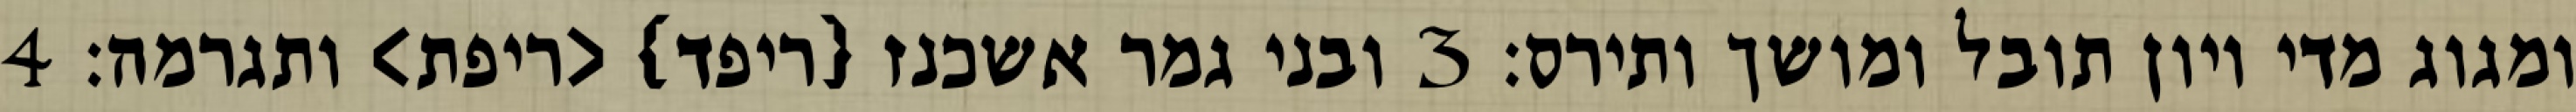
ומגוג מדי ויון תובל ומושך ותירס׃ ‎3‏ ובני גמר אשכנז {ריפד} <ריפת> ותגרמה׃ ‎4‏